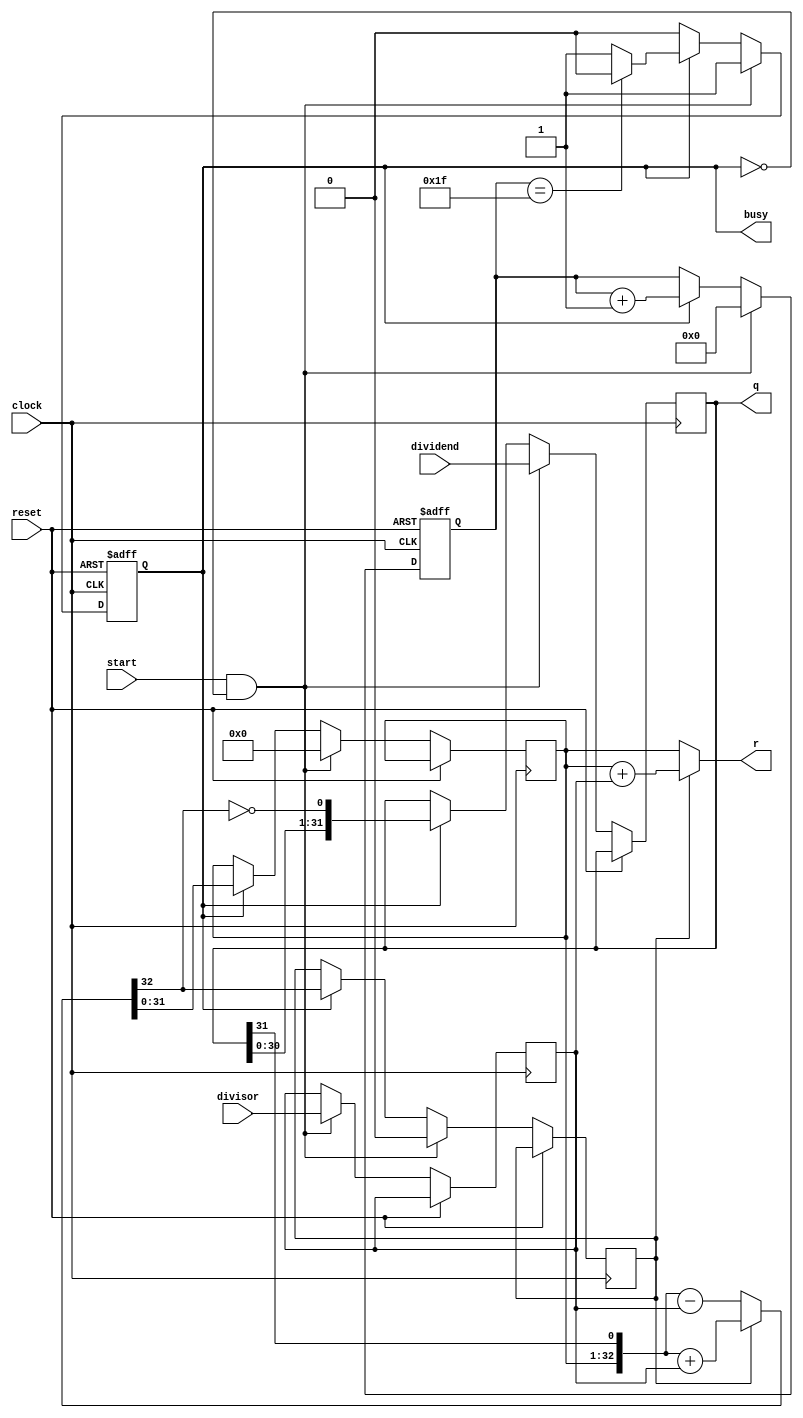
`timescale 1ns / 1ps
//////////////////////////////////////////////////////////////////////////////////
// Company: 
// Engineer: 
// 
// Design Name: 
// Module Name: DIVU
// Project Name: 
// Target Devices: 
// Tool Versions: 
// Description: 
// 
// Dependencies: 
// 
// Revision:
// Revision 0.01 - File Created
// Additional Comments:
// 
//////////////////////////////////////////////////////////////////////////////////


module DIVU(
    input [31:0] dividend,
    input [31:0] divisor,
    input start,
    input clock,
    input reset,
    output [31:0] q,
    output [31:0] r,
    output reg busy
    );
 
    reg [4:0]count;
    reg [31:0] reg_q;
    reg [31:0] reg_r;
    reg [31:0] reg_b;
    reg r_sign;
    wire [32:0] sub_add = r_sign?({reg_r,q[31]} + {1'b0,reg_b}):({reg_r,q[31]} - {1'b0,reg_b}); //
    assign r = r_sign? reg_r + reg_b : reg_r;
    assign q = reg_q;
    always @ (negedge clock or posedge reset)begin
    if (reset == 1) begin //
    count <=5'b0;
    busy <= 0;
    end 
    else begin
    if (start&&(!busy)) begin //
    reg_r <= 32'b0;
    r_sign <= 0;
    reg_q <= dividend;
    reg_b <= divisor;
    count <= 5'b0;
    busy <= 1'b1;
    end else if (busy) 
    begin //
    reg_r <= sub_add[31:0]; //
    r_sign <= sub_add[32]; //
    reg_q <= {reg_q[30:0],~sub_add[32]};
    count <= count +5'b1; //
    if (count == 5'b11111) busy <= 0; //
    end
    end
    end
endmodule